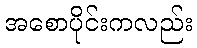
အစောပိုင်းကလည်း